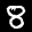
Label: 8